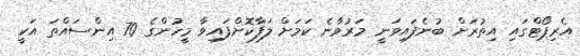
އެރިޕޯޓްގައި އިތުރަށް ބުނެފައިވަނީ މަރުވާނެ ކަމަށް ލަފާކޮށްފައިވާ މީހުންގެ 70 އިންސައްތަ އަކީ